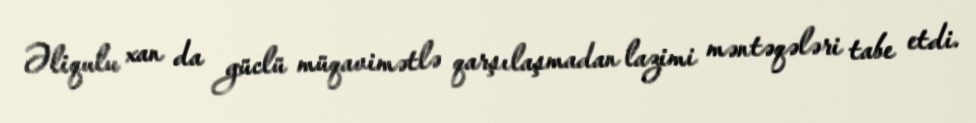
Əliqulu xan da güclü müqavimətlə qarşılaşmadan lazimi məntəqələri tabe etdi.